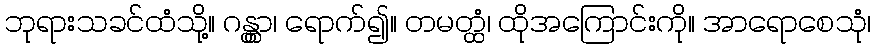
ဘုရားသခင်ထံသို့။ ဂန္တွာ၊ ရောက်၍။ တမတ္ထံ၊ ထိုအကြောင်းကို။ အာရောစေသုံ၊